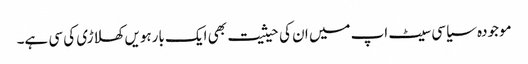
موجودہ سیاسی سیٹ اپ میں ان کی حیثیت بھی ایک بارہویں کھلاڑی کی سی ہے۔